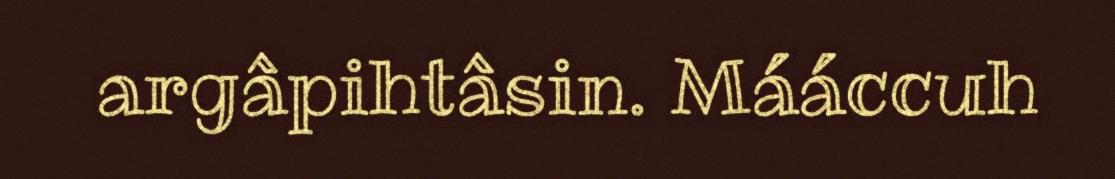
argâpihtâsin. Mááccuh